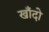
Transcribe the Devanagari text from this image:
खाँदो